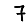
Digit: 7